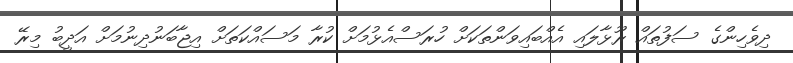
ދިވެހިންގެ ސަފުތައް ރޫޅާލައި އެއްބައިވަންތަކަށް ހުރަސްއެޅުމަށް ކުރާ މަސައްކަތަށް އިޖާބަނުދިނުމަށް އަދީބު މިރޭ